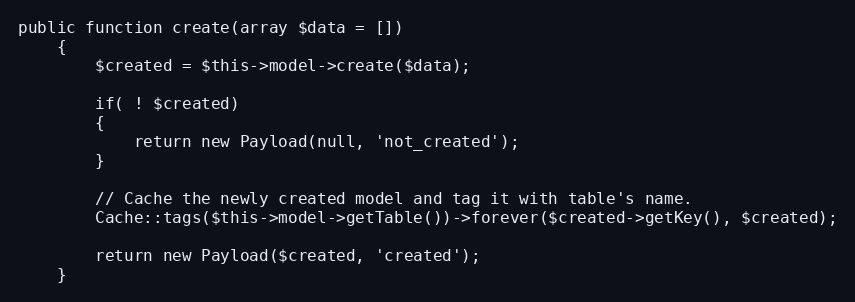
Language: PHP
public function create(array $data = [])
	{
		$created = $this->model->create($data);

		if( ! $created)
		{
			return new Payload(null, 'not_created');
		}

		// Cache the newly created model and tag it with table's name.
		Cache::tags($this->model->getTable())->forever($created->getKey(), $created);

		return new Payload($created, 'created');
	}